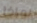
لماذا